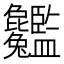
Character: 𦣸